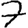
Digit: 7